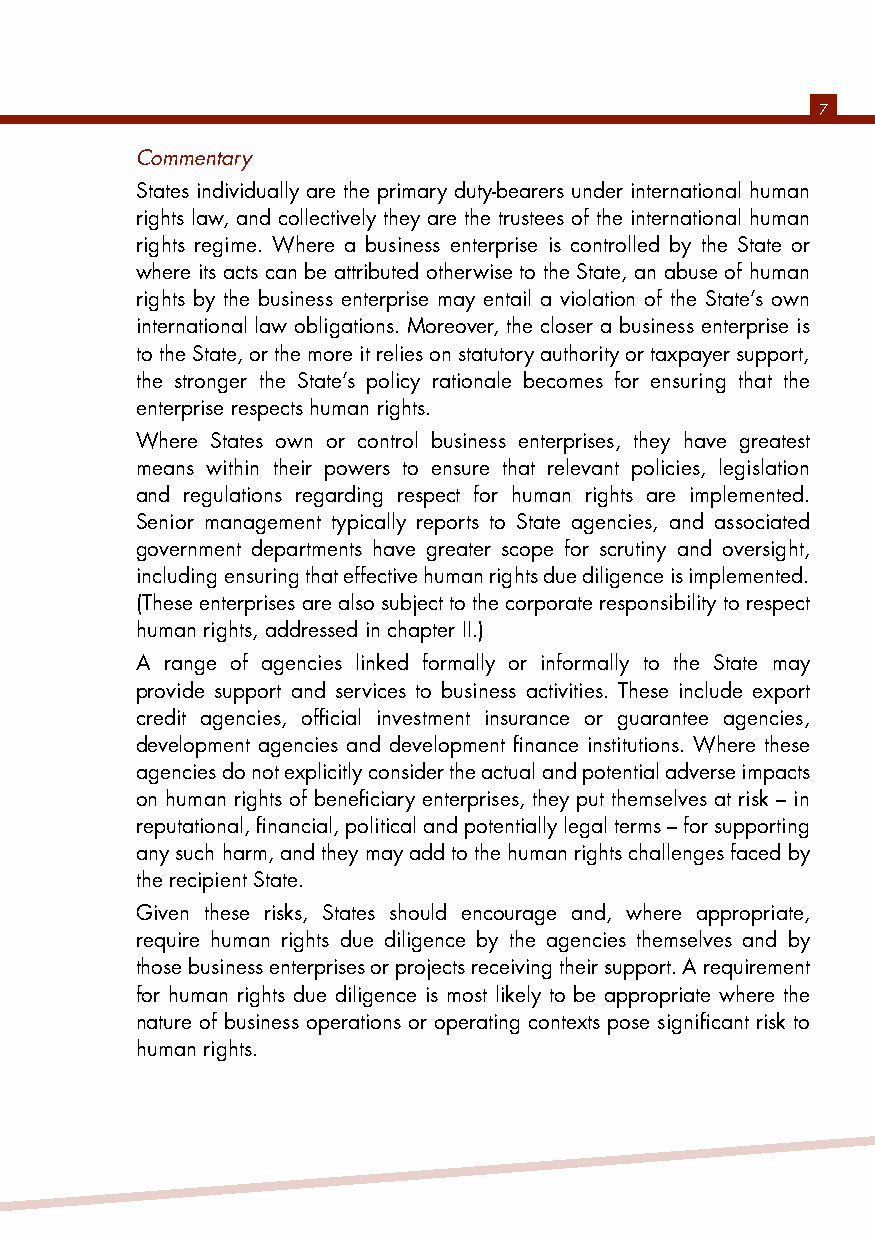
7
 Commentary
 States individually are the primary duty-bearers under international human
 rights law, and collectively they are the trustees of the international human
 rights regime. Where a business enterprise is controlled by the State or
 where its acts can be attributed otherwise to the State, an abuse of human
 rights by the business enterprise may entail a violation of the State’s own
 international law obligations. Moreover, the closer a business enterprise is
 to the State, or the more it relies on statutory authority or taxpayer support,
 the stronger the State’s policy rationale becomes for ensuring that the
 enterprise respects human rights.
 Where States own or control business enterprises, they have greatest
 means within their powers to ensure that relevant policies, legislation
 and regulations regarding respect for human rights are implemented.
 Senior management typically reports to State agencies, and associated
 government departments have greater scope for scrutiny and oversight,
 including ensuring that effective human rights due diligence is implemented.
 (These enterprises are also subject to the corporate responsibility to respect
 human rights, addressed in chapter II.)
 A range of agencies linked formally or informally to the State may
 provide support and services to business activities. These include export
 credit agencies, official investment insurance or guarantee agencies,
 development agencies and development finance institutions. Where these
 agencies do not explicitly consider the actual and potential adverse impacts
 on human rights of beneficiary enterprises, they put themselves at risk – in
 reputational, financial, political and potentially legal terms – for supporting
 any such harm, and they may add to the human rights challenges faced by
 the recipient State.
 Given these risks, States should encourage and, where appropriate,
 require human rights due diligence by the agencies themselves and by
 those business enterprises or projects receiving their support. A requirement
 for human rights due diligence is most likely to be appropriate where the
 nature of business operations or operating contexts pose significant risk to
 human rights.